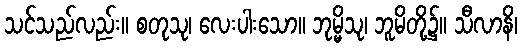
သင်သည်လည်း။ စတုသု၊ လေးပါးသော။ ဘုမ္မိသု၊ ဘူမိတို့၌။ သီလာနိ၊